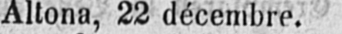
Altona, 22 décembre.